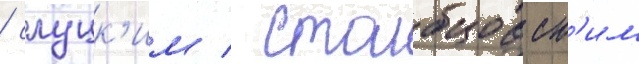
/ слуцк'им / столбцовск'им